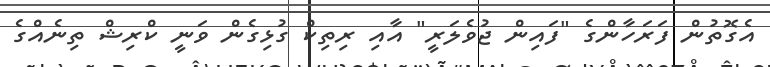
އެގޮތުން ފަރަހާންގެ "ފައިން ޖުވެލަރީ" އާއި ރިތިކް ގުޅިގެން ވަނީ ކްރިޝް ތިނެއްގެ